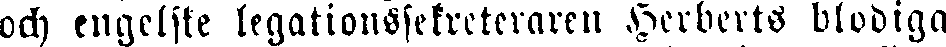
och engelske legationssekreteraren Herberts blodiga